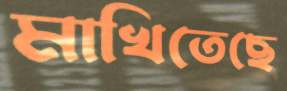
মাখিতেছে